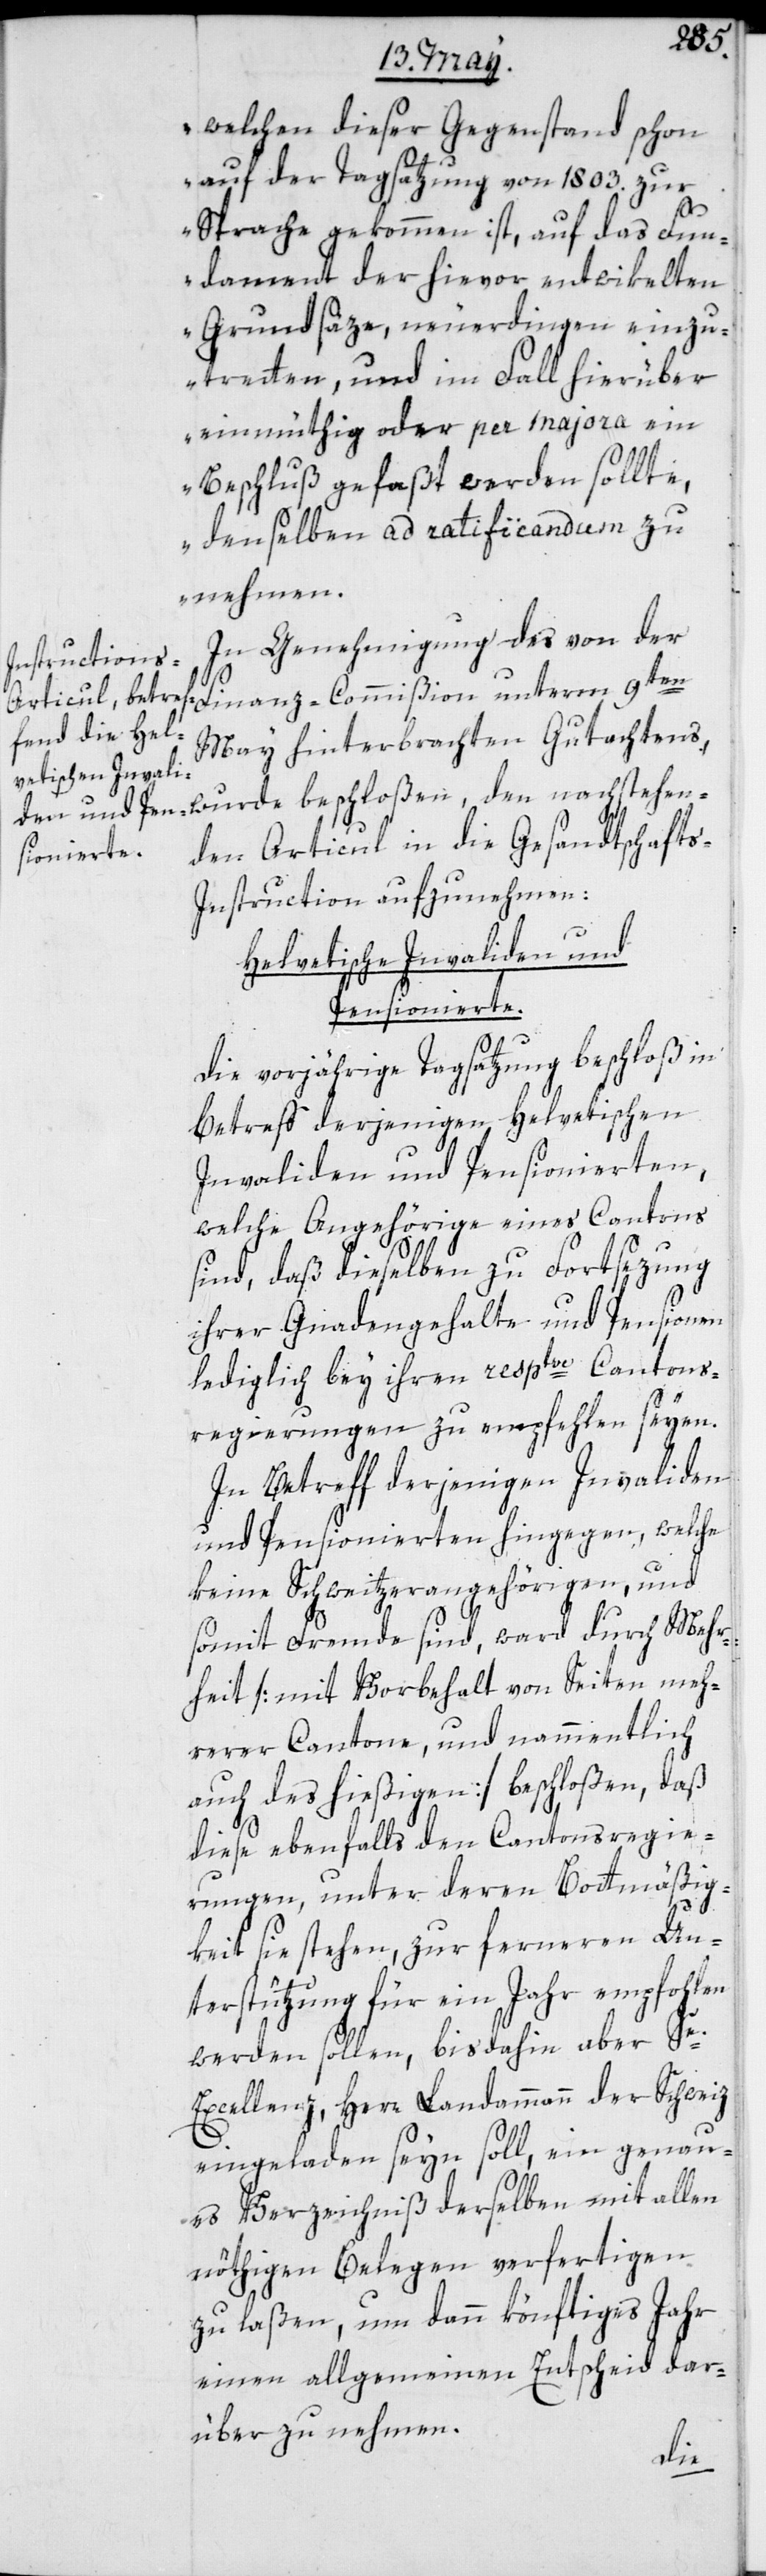
welchen dieser Gegenstand schon
auf der Tagsatzung von 1803. zur
Sprache gekommen ist, auf das Fun¬
dament der hievor entwikelten
Grundsätze, neuerdingen einzu¬
tretten, und im Fall hierüber
einmüthig oder per majora ein
Beschluß gefaßt werden sollte,
denselben ad ratificandum zu
nehmen.
In Genehmigung des von der
May hinterbrachten Gutachtens,
wurde beschloßen, den nachstehen¬
den Articul in die Gesandtschaft¬
s-Instruction aufzunehmen:
Helvetische Invaliden und
Pensionierte.
Die vorjährige Tagsatzung beschloß in
Betreff derjenigen Helvetischen
Invaliden und Pensionierten,
welche Angehörige eines Cantons
sind, daß dieselben zu Fortsezung
ihrer Gnadengehalte und Pensionen
lediglich bey ihren resptve Cantons¬
regierungen zu empfehlen seyen.
In Betreff derjenigen Invaliden
und Pensionierten hingegen, welche
keine Schweitzerangehörigen und
somit Fremde sind, ward durch Mehr¬
heit [mit Vorbehalt von Seiten meh¬
rerer Cantone, und namentlich
auch des hießigen] beschloßen, daß
diese ebenfalls den Cantonsregie¬
rungen, unter deren Bottmäßig¬
keit sie stehen, zu ferneren Un¬
terstützung für ein Jahr empfohlen
werden sollen, bis dahin aber Se.
Excellenz, Herr Landammann der Schweiz
eingeladen seyn soll, ein genau¬
es Verzeichniß derselben mit allen
nöthigen Belegen verfertigen
zu laßen, um dann könftiges Jahr
einen allgemeinen Entscheid dar¬
über zu nehmen.